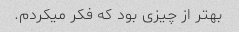
بهتر از چیزی بود که فکر میکردم.